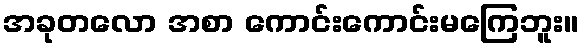
အခုတလော အစာ ကောင်းကောင်းမကြေဘူး။